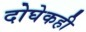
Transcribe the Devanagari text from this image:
दोघेकही